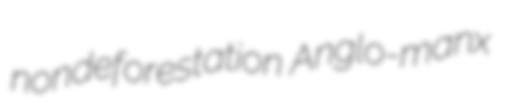
nondeforestation Anglo-manx